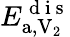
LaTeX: E_{\mathrm{a},\mathrm{V}_{2}}^{\mathrm{~d~i~s~}}